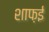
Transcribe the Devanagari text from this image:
शाफ़ई